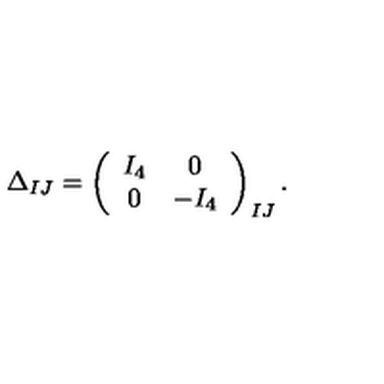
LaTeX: \Delta _ { I J } = \left( \begin{array} { c c } { I _ { 4 } } & { 0 } \\ { 0 } & { - I _ { 4 } } \\ \end{array} \right) _ { I J } .